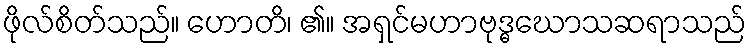
ဖိုလ်စိတ်သည်။ ဟောတိ၊ ၏။ အရှင်မဟာဗုဒ္ဓဃောသဆရာသည်